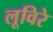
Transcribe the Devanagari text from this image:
लूविरे